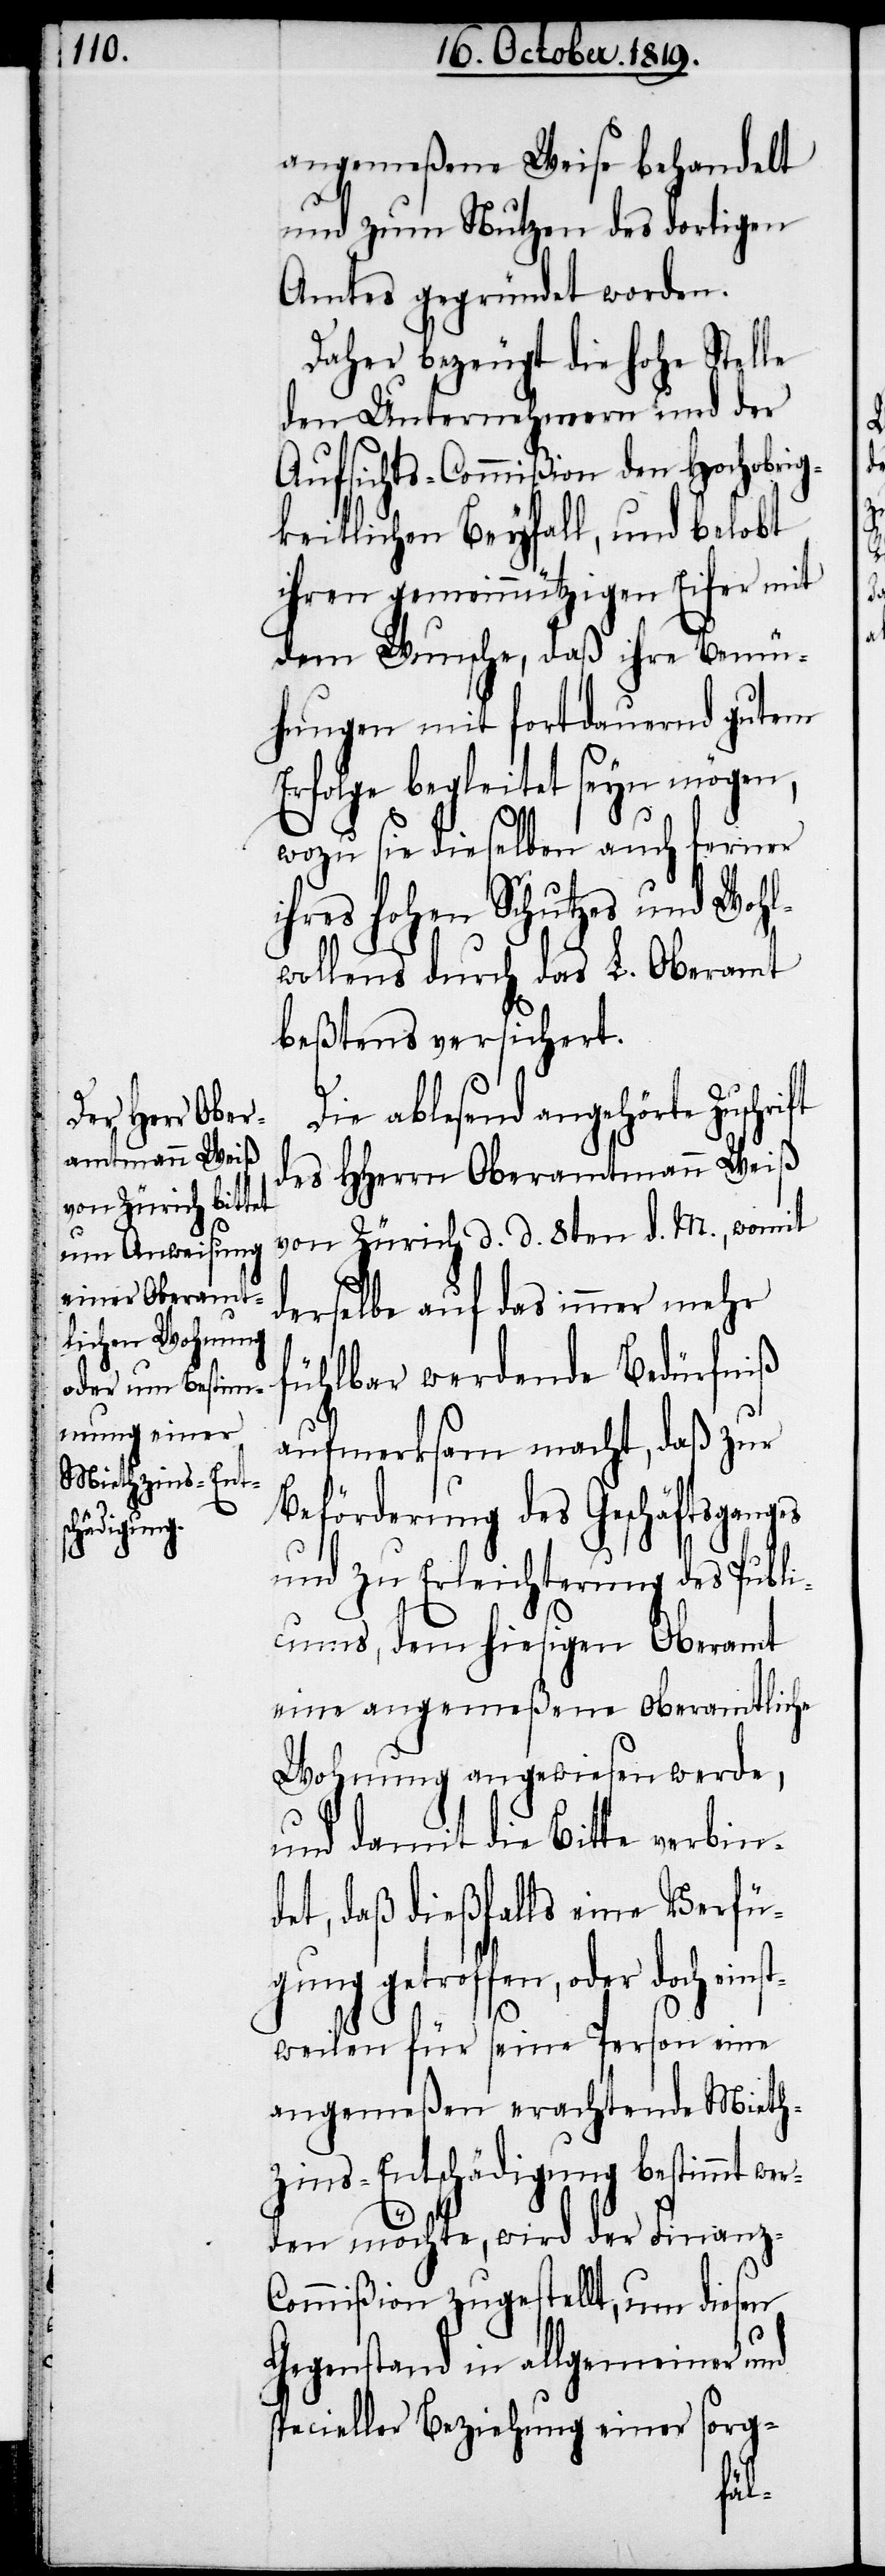
es

angemeßene Weise behandelt
und zum Nutzen des dortigen
Amtes gegründet worden.
Daher bezeugt die hohe Stelle
den Unternehmern und der
Aufsichts-Commißion den Hochobrig¬
keitlichen Beyfall, und belobt
ihren gemeinnützigen Eifer mit
dem Wunsche, daß ihre Bemü¬
hungen mit fortdauernd gutem
Erfolge begleitet seyn mögen,
wozu sie dieselben auch ferner
ihres hohen Schutzes und Wohl¬
wollens durch das L. Oberamt
beßtens versichert.
Die ablesend angehörte Zuschrift
des HHerrn Oberamtmann Weiß
von Zürich d. d. 8ten d. M., womit
derselbe auf das immer mehr
fühlbar werdende Bedürfniß
aufmerksam macht, daß zur
Beförderung des Geschäftsgang¬
und zu Erleichterung des Publi¬
cums, dem hiesigen Oberamt
eine angemeßene oberamtliche
Wohnung angewiesen werde,
und damit die Bitte verbin¬
det, daß dießfalls eine Verfü¬
gung getroffen, oder doch ei¬
weilen für seine Person eine
angemeßen erachtende Mieth¬
zins-Entschädigung bestimmt
den möchte, wird der Finanz-C¬
ommißion zugestellt, um diesen
Gegenstand in allgemeiner und
specieller Beziehung einer sorg-
wer¬